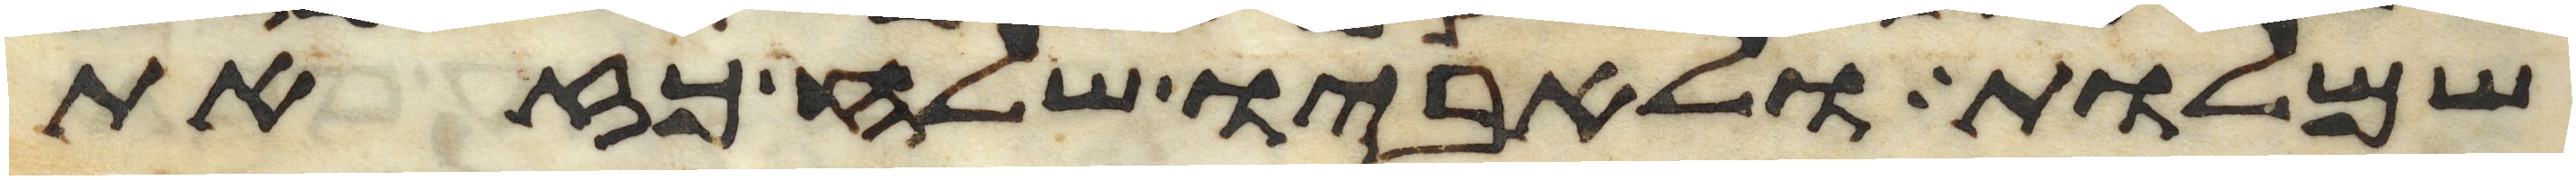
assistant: שמלות ולאביו שלח כזאת